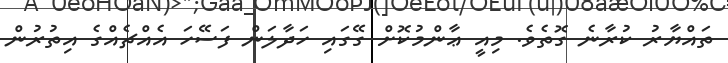
ތައްޔާރު ކުރާނެ ގޮތެވެ. މިއީ ޢާންމުކޮށް ގޭގައި ހަދާލަން ފަސޭހަ އެއްޗެއްގެ އިތުރުން